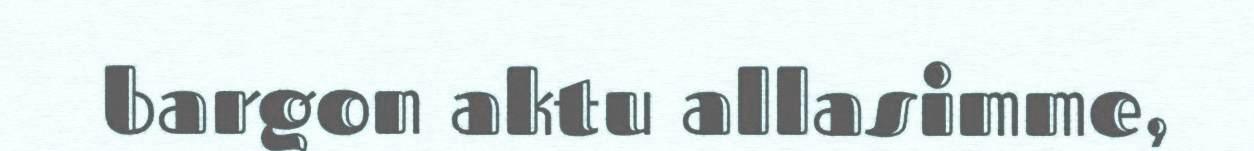
bargon aktu allasimme,